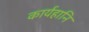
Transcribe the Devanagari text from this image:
कार्यहानि